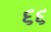
૬૬